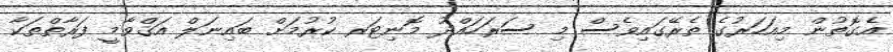
އެގޮތުން މިއަހަރުގެ ތެރޭގައިވެސް މި ސަރަހައްދު މޮނިޓަރ ކުރުމަށް ބައިނަލް އަޤްވާމީ ފަރާތްތަކާ